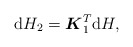
\begin{gather*}\mathrm{d} H_2 =\boldsymbol{K}_1^T\mathrm{d} H ,\end{gather*}